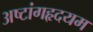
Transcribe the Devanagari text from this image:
अष्टांगहृदयम